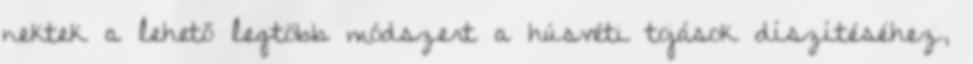
nektek a lehető legtöbb módszert a húsvéti tojások díszítéséhez,